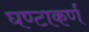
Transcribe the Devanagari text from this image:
घण्टाकर्ण